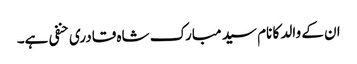
ان کے والد کا نام سید مبارک شاہ قادری حنفی ہے۔